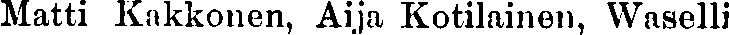
Matti Kakkonen, Aija Kotilainen, Waselli